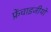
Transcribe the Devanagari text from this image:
फ्रेंचाइजीयों